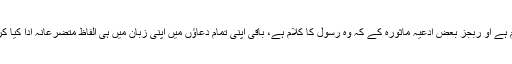
لیکن تم جب نماز پڑھو تو بجز قرآن کے جو خدا کا کلام ہے او ربجز بعض ادعیہ ماثورہ کے کہ وہ رسول کا کلام ہے، باقی اپنی تمام دعاؤں میں اپنی زبان میں ہی الفاظ متضرعانہ ادا کیا کرو تا کہ تمہارے دلوں پر اس عجز ونیاز کا کچھ اثر ہو۔